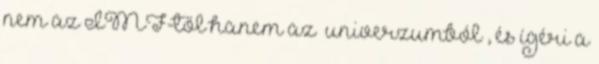
nem az IMF-től hanem az “univerzumból”, és ígéri a